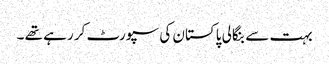
بہت سے بنگالی پاکستان کی سپورٹ کر رہے تھے ۔